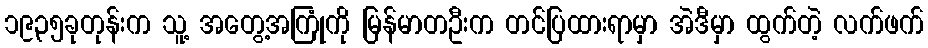
၁၉၃၅ခုတုန်းက သူ့ အတွေ့အကြုံကို မြန်မာတဦးက တင်ပြထားရာမှာ အဲဒီမှာ ထွက်တဲ့ လက်ဖက်